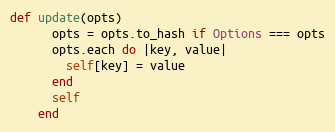
Language: Ruby
def update(opts)
      opts = opts.to_hash if Options === opts
      opts.each do |key, value|
        self[key] = value
      end
      self
    end